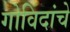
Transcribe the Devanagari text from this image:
गोविंदांचे